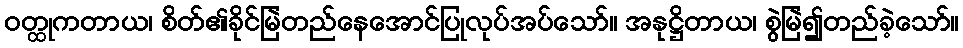
ဝတ္ထုကတာယ၊ စိတ်၏ခိုင်မြဲတည်နေအောင်ပြုလုပ်အပ်သော်။ အနုဋ္ဌိတာယ၊ စွဲမြဲ၍တည်ခဲ့သော်။